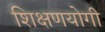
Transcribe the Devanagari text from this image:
शिक्षणयोगी